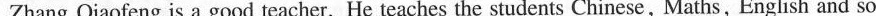
Zhang Qiaofeng is a good teacher. He teaches thestudents Chinese, Maths, English and so